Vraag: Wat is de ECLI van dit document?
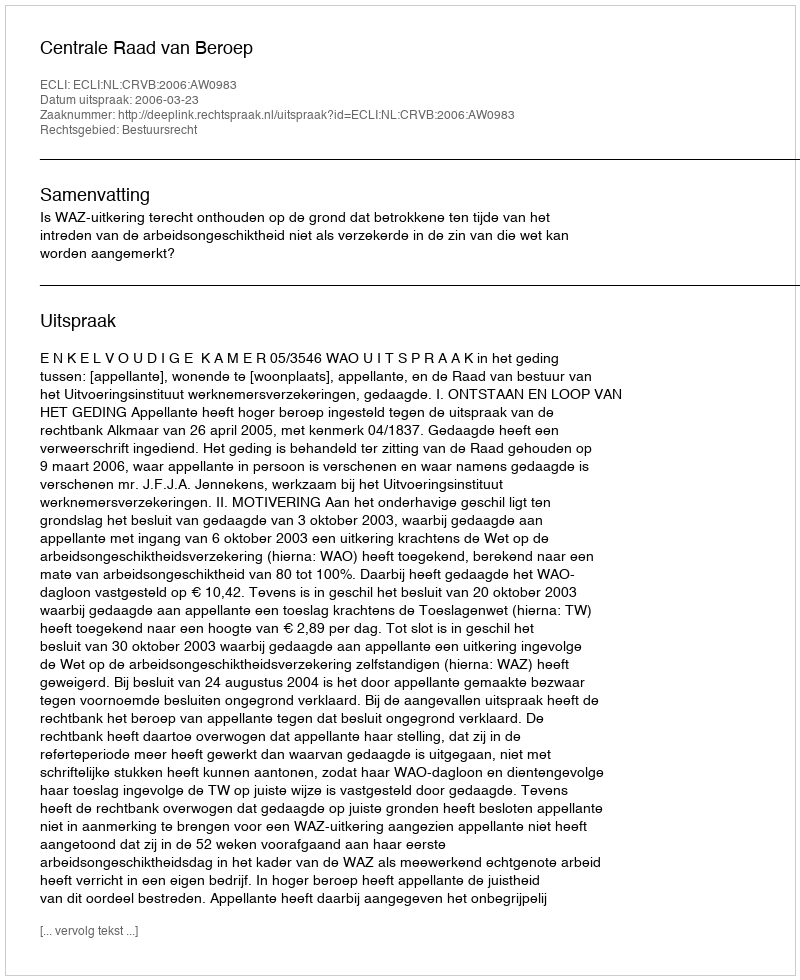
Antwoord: ECLI:NL:CRVB:2006:AW0983